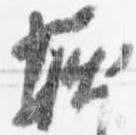
堀